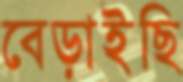
বেড়াইছি